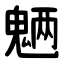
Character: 魉